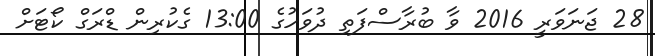
28 ޖަނަވަރީ 2016 ވާ ބުރާސްފަތި ދުވަހުގެ 13:00 ގެކުރިން ޑްރަގް ކޯޓަށް